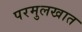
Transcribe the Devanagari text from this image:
परमुलखात